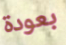
بعودة